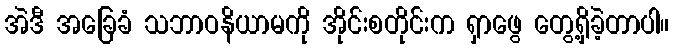
အဲဒီ အခြေခံ သဘာဝနိယာမကို အိုင်းစတိုင်းက ရှာဖွေ တွေ့ရှိခဲ့တာပါ။